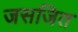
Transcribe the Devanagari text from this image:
जसजित